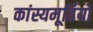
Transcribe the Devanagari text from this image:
कांस्यमूर्तियों